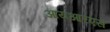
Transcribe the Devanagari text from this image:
आयआरएस